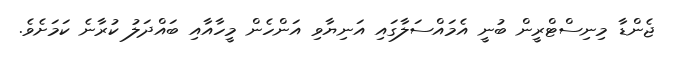
ޖެންޑާ މިނިސްޓްރީން ބުނީ އެމައްސަލާގައި އަނިޔާވި އަންހެން މީހާއާއި ބައްދަލު ކުރާނެ ކަމަށެވެ.